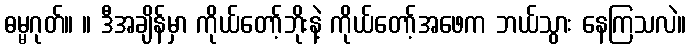
ဓမ္မဂုတ်။ ။ ဒီအချိန်မှာ ကိုယ်တော့်ဘိုးနဲ့ ကိုယ်တော့်အဖေက ဘယ်သွား နေကြသလဲ။